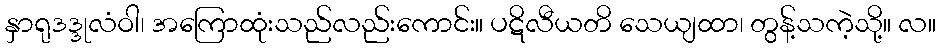
နှာရုဒဒ္ဒုလံဝါ၊ အကြောထုံးသည်လည်းကောင်း။ ပဋိလီယတိ သေယျထာ၊ တွန့်သကဲ့သို့။ လ။